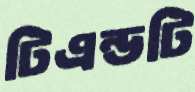
টিএন্ডটি